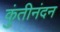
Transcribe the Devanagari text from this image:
कुंतीनंदन